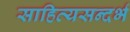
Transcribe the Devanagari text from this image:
साहित्यसन्दर्भ